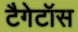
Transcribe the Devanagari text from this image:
टैगेटॉस